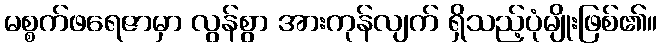
မစ္စက်ဖရေဇာမှာ လွန်စွာ အားကုန်လျက် ရှိသည့်ပုံမျိုးဖြစ်၏။